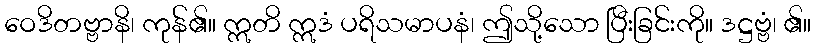
ဝေဒိတဗ္ဗာနိ၊ ကုန်၏။ ဣတိ ဣဒံ ပရိသမာပနံ၊ ဤသို့သော ပြီးခြင်းကို။ ဒဋ္ဌဗ္ဗံ၊ ၏။